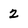
Character: 2